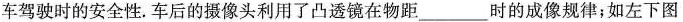
车驾驶时的安全性。车后的摄像头利用了凸透镜在物距___时的成像规律；如左下图